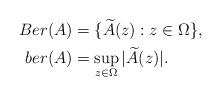
LaTeX: \begin{align*}Ber(A)& = \{\widetilde{A}(z): z \in \Omega\},\\ber(A)& =\displaystyle\sup_{z\in \Omega}|\widetilde{A}(z)|.\end{align*}